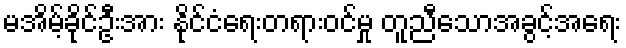
မအိမ့်ခိုင်ဦးအား နိုင်ငံရေးတရားဝင်မှု တူညီသောအခွင့်အရေး